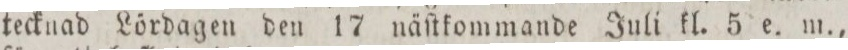
tecknad Lördagen den 17 näſtkommande Juli kl. 5 e. m.,